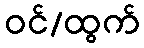
ဝင်/ထွက်